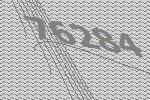
76284